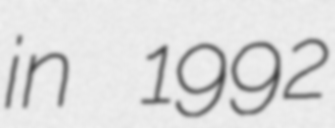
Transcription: in 1992